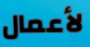
لأعمال